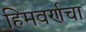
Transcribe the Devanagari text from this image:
हिमवर्णचा